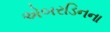
એબરડિનના